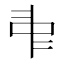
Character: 𠁩